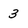
Character: 3